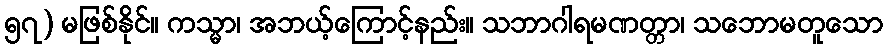
၅၇) မဖြစ်နိုင်။ ကသ္မာ၊ အဘယ့်ကြောင့်နည်း။ သဘာဂါရမဏတ္တာ၊ သဘောမတူသော